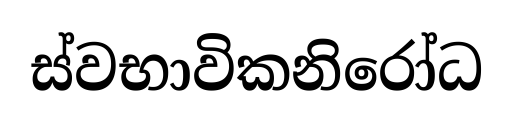
ස්වභාවිකනිරෝධ